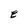
Character: E